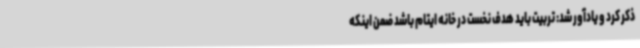
ذکر کرد و یادآور شد: تربیت باید هدف نخست در خانه ایتام باشد ضمن اینکه